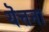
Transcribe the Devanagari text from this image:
यॆत्तना